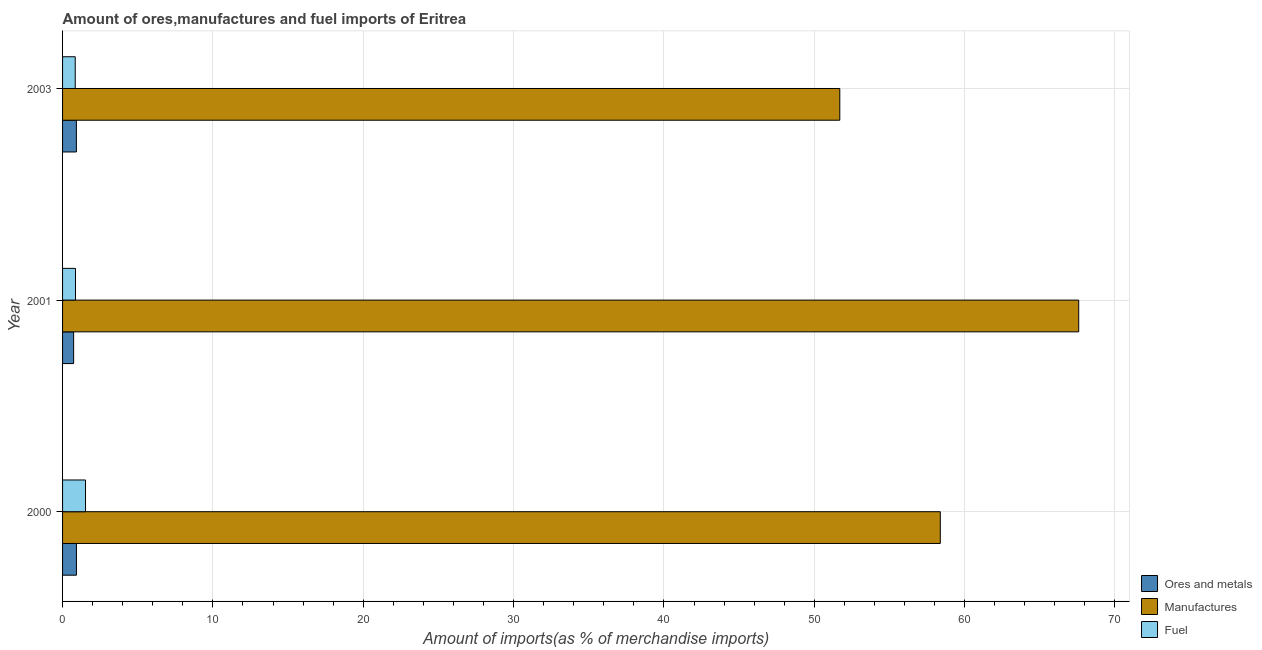
| Year | Ores and metals | Manufactures | Fuel |
 | --- | --- | --- | --- |
 | 2000 | 0.924 | 58.4 | 1.53 |
 | 2001 | 0.736 | 67.6 | 0.86 |
 | 2003 | 0.92 | 51.7 | 0.842 |